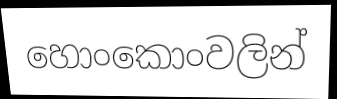
හොංකොංවලින්